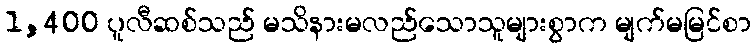
1,400 ပူလီဆစ်သည် မသိနားမလည်သောသူများစွာက မျက်မမြင်စာ